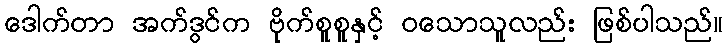
ဒေါက်တာ အက်ဒွင်က ဗိုက်စူစူနှင့် ဝသောသူလည်း ဖြစ်ပါသည်။